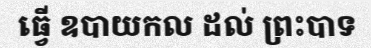
ធ្វើ ឧបាយកល ដល់ ព្រះបាទ